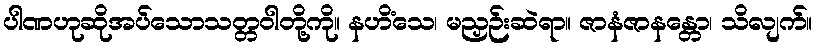
ပါဏဟုဆိုအပ်သောသတ္တဝါတို့ကို။ နဟိံသေ၊ မညှဉ်းဆဲရာ။ ဇာနံဇာနန္တော၊ သိလျက်။